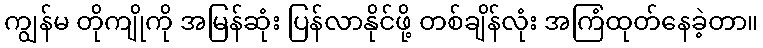
ကျွန်မ တိုကျိုကို အမြန်ဆုံး ပြန်လာနိုင်ဖို့ တစ်ချိန်လုံး အကြံထုတ်နေခဲ့တာ။